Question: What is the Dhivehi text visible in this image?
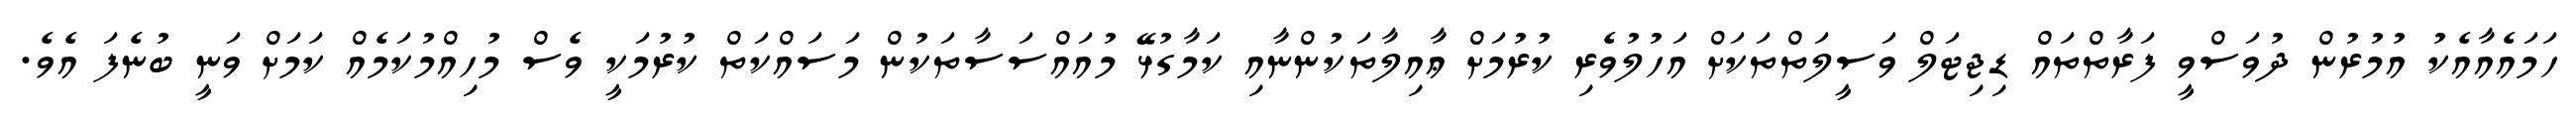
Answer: ހަމައެއާއެކު އުމުރުން ދުވަސްވީ ފަރާތްތައް ޑިޖިޓަލް ވަސީލަތްތަކަށް އަހުލުވެރި ކުރުމަށް ޢާއިލާތަކުންނާއި ކަމާގުޅޭ މުއައްސަސާތަކުން މަސައްކަތް ކުރުމަކީ ވެސް މުހިއްމުކަމެއް ކަމަށް ވަނީ ބުނެފަ އެވެ.